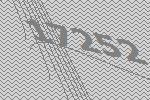
17252